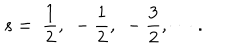
s = ~ \frac { 1 } { 2 } , ~ - \frac { 1 } { 2 } , ~ - \frac { 3 } { 2 } , \cdots { \, } .